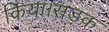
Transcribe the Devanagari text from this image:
किया।सड़क